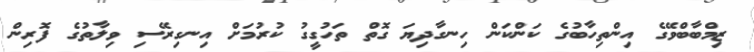
ޒިމްބާބްވޭގެ އިންތިހާބުގެ ކަންކަން ހިނގާދިޔަ ގޮތް ތަހުގީގު ކުރުމަށް އިނގިރޭސި ވިލާތުގެ ފޮރިން